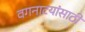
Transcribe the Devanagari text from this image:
वगनाटयांसाठी